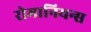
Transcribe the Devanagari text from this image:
रोमानियन्स